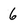
Character: 6